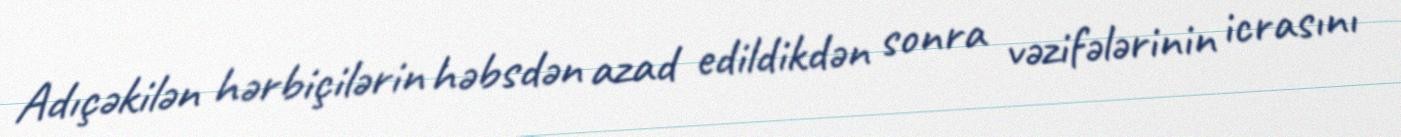
Adıçəkilən hərbiçilərin həbsdən azad edildikdən sonra vəzifələrinin icrasını